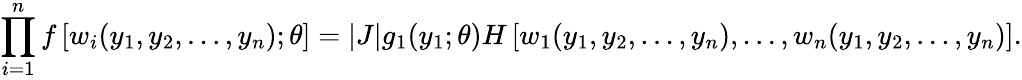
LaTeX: \prod_{i=1}^{n}f\left[w_{i}(y_{1},y_{2},\dots,y_{n});\theta\right]=|J|g_{1}(y_{1};\theta)H\left[w_{1}(y_{1},y_{2},\dots,y_{n}),\dots,w_{n}(y_{1},y_{2},\dots,y_{n})\right].